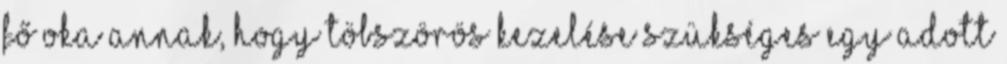
fő oka annak, hogy töbszörös kezelése szükséges egy adott